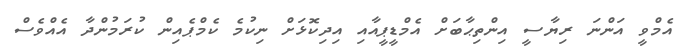
އެމްވީ އަންނަ ރިޔާސީ އިންތިޙާބަށް އެމްޑީޕީއާއި އިދިކޮޅަށް ނިކުމެ ކެމްޕެއިން ކުރަމުންދާ އެއްވެސް